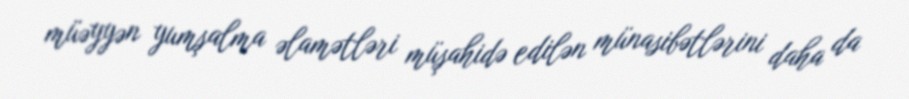
müəyyən yumşalma əlamətləri müşahidə edilən münasibətlərini daha da